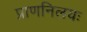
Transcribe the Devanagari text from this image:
प्राणनिलयः